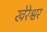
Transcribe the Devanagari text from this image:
खेरेश्वर